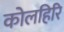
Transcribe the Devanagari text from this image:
कोलहिरि